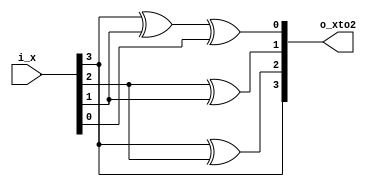
module gf_2to4_squarer
#(
	// PARAMETERS
	parameter 							NB_DATA = 4			// [HINT] Works only if value is 4
)
(
	// OUTPUTS.
	output 	wire	[ NB_DATA-1	: 0 ]	o_xto2	,
	// INPUTS.
	input	wire	[ NB_DATA-1	: 0	]	i_x
) ;
	// QUICK_INSTANCE: BEGIN
	/*
	gf_2to4_squarer
	#(
		.NB_DATA			(  )	// [HINT] Works only if value is 4
	)
	u_gf_2to4_squarer
	(
		.o_xto2 			(  )	,
		.i_x				(  )
	) ;
	*/ // QUICK_INSTANCE: END

	// ALGORITHM BEGIN
	assign o_xto2[3]
		= i_x[3] 									;

	assign o_xto2[2]
		= i_x[3] ^ 	i_x[2] 							;

	assign o_xto2[1]
		= 			i_x[2] ^ 	i_x[1] 				;

	assign o_xto2[0]
		= i_x[3] ^ 				i_x[1] ^ 	i_x[0] 	;

endmodule // gf_2to4_squarer